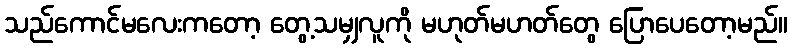
သည်ကောင်မလေးကတော့ တွေ့သမျှလူကို မဟုတ်မဟတ်တွေ ပြောပေတော့မည်။